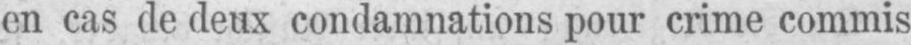
en cas de deux condamnations pour crime commis